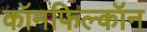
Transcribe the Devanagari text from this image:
कॉमफिल्कॉन